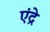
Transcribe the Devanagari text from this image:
एंद्रे